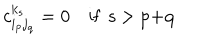
LaTeX: c _ { i _ { p } j _ { q } } ^ { k _ { s } } = 0 \quad \textrm { i f s > p + q } \;